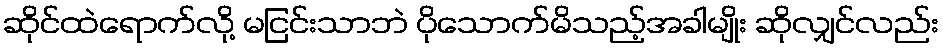
ဆိုင်ထဲရောက်လို့ မငြင်းသာဘဲ ပိုသောက်မိသည့်အခါမျိုး ဆိုလျှင်လည်း